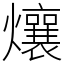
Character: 爙